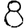
Digit: 8